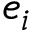
e _ { i }